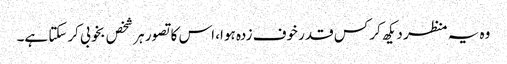
وہ یہ منظر دیکھ کر کس قدر خوف زدہ ہوا، اس کا تصور ہر شخص بخوبی کرسکتا ہے۔